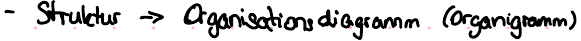
- Struktur -> Organisationsdiagramm (Organigramm)